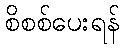
စိစစ်ပေးရန်